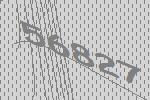
56827